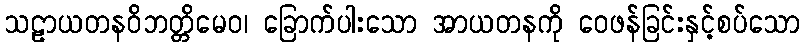
သဠာယတနဝိဘတ္တိမေဝ၊ ခြောက်ပါးသော အာယတနကို ဝေဖန်ခြင်းနှင့်စပ်သော